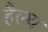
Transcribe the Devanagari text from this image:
हैल्‍थ